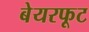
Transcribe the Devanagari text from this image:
बेयरफूट